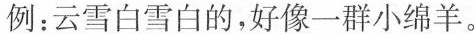
例：云\underline{雪白雪白}的，好像\underline{一群小绵羊}。